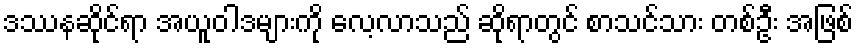
ဒဿနဆိုင်ရာ အယူဝါဒများကို လေ့လာသည် ဆိုရာတွင် စာသင်သား တစ်ဦး အဖြစ်